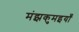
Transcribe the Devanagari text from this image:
मंझकुमइयाँ